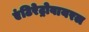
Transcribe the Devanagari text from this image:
एंटिरेट्रोवायरल